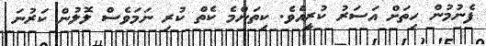
ފެނުމުން ހިތަށް އަސަރު ކުރީއެވެ. ކިތަންމެ ކެތް ކުރި ނަމަވެސް ލޮލުން ކަރުނަ